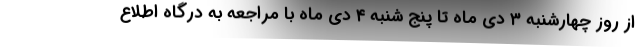
از روز چهارشنبه ۳ دی ماه تا پنج شنبه ۴ دی ماه با مراجعه به درگاه اطلاع